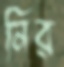
নির